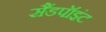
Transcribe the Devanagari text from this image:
सैंडपॉइंट